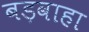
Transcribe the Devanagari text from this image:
बड़वाहा